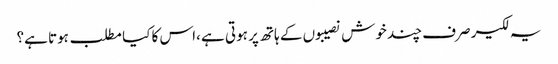
یہ لکیر صرف چند خوش نصیبوں کے ہاتھ پر ہوتی ہے ،اس کا کیا مطلب ہوتا ہے؟